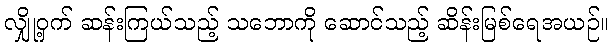
လျှို့ဝှက် ဆန်းကြယ်သည့် သဘောကို ဆောင်သည့် ဆိန်းမြစ်ရေအယဉ်။